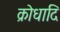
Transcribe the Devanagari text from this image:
क्रोधादि